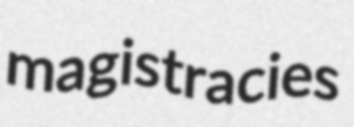
magistracies